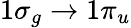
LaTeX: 1\sigma_{g}\to 1\pi_{u}